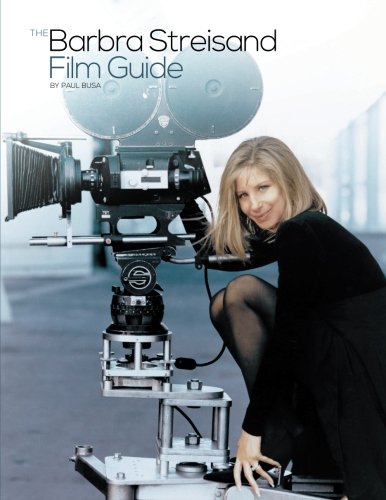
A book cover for The Barbra Streisand Film Guide; Paul Busa; Humor & Entertainment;